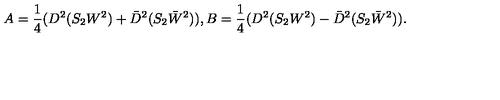
A = \frac { 1 } { 4 } ( D ^ { 2 } ( S _ { 2 } W ^ { 2 } ) + \bar { D } ^ { 2 } ( S _ { 2 } \bar { W } ^ { 2 } ) ) , B = \frac { 1 } { 4 } ( D ^ { 2 } ( S _ { 2 } W ^ { 2 } ) - \bar { D } ^ { 2 } ( S _ { 2 } \bar { W } ^ { 2 } ) ) .